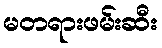
မတရားဖမ်းဆီး